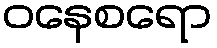
ဝနေစရော